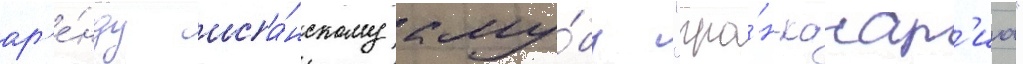
ар'е́нду испа́нскому клу́бу "гра́н-канар'иа"